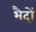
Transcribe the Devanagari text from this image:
भैदों